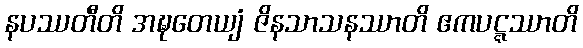
နပဿတီတိ အဍ္ဎတေယျံ ဇိနသာသနဿာတိ ဧကပဋ္ဋဿာတိ